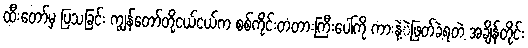
ထီးတော်မှ ပြသခြင်း ကျွန်တော်တို့ငယ်ငယ်က စစ်ကိုင်းတံတားကြီးပေါ်ကို ကားနဲ့ဲဖြတ်ခဲ့ရတဲ့ အချိန်တိုင်း